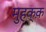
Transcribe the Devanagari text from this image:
मुहक्क़